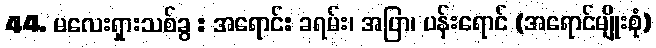
44. မလေးရှားသစ်ခွ : အရောင်: ခရမ်း၊ အပြာ၊ ပန်းရောင် (အရောင်မျိုးစုံ)